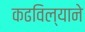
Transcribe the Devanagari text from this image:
कढविल्याने